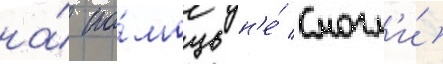
на́ по́мощь н'е́ смогл'и́